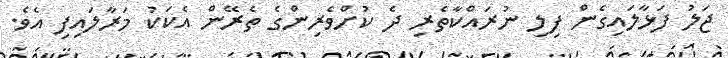
ޖަލު ފަޅާލައިގެން ފިލި ނުރައްކާތެރި ދެ ކުށްވެރިންގެ ތެރޭން އެކަކު މަރާލައިފި އެވެ.